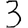
Digit: 3